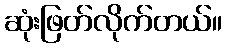
ဆုံးဖြတ်လိုက်တယ်။